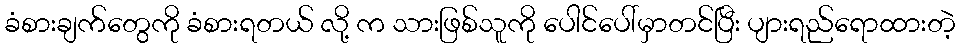
ခံစားချက်တွေကို ခံစားရတယ် လို့ က သားဖြစ်သူကို ပေါင်ပေါ်မှာတင်ပြီး ပျားရည်ရောထားတဲ့